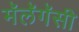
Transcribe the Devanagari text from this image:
मॅलॅगॅसी